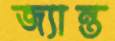
জ্যান্ত